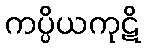
ကပ္ပိယကုဋိ